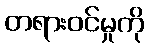
တရားဝင်မှုကို